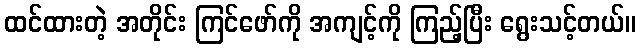
ထင်ထားတဲ့ အတိုင်း ကြင်ဖော်ကို အကျင့်ကို ကြည့်ပြီး ရွေးသင့်တယ်။